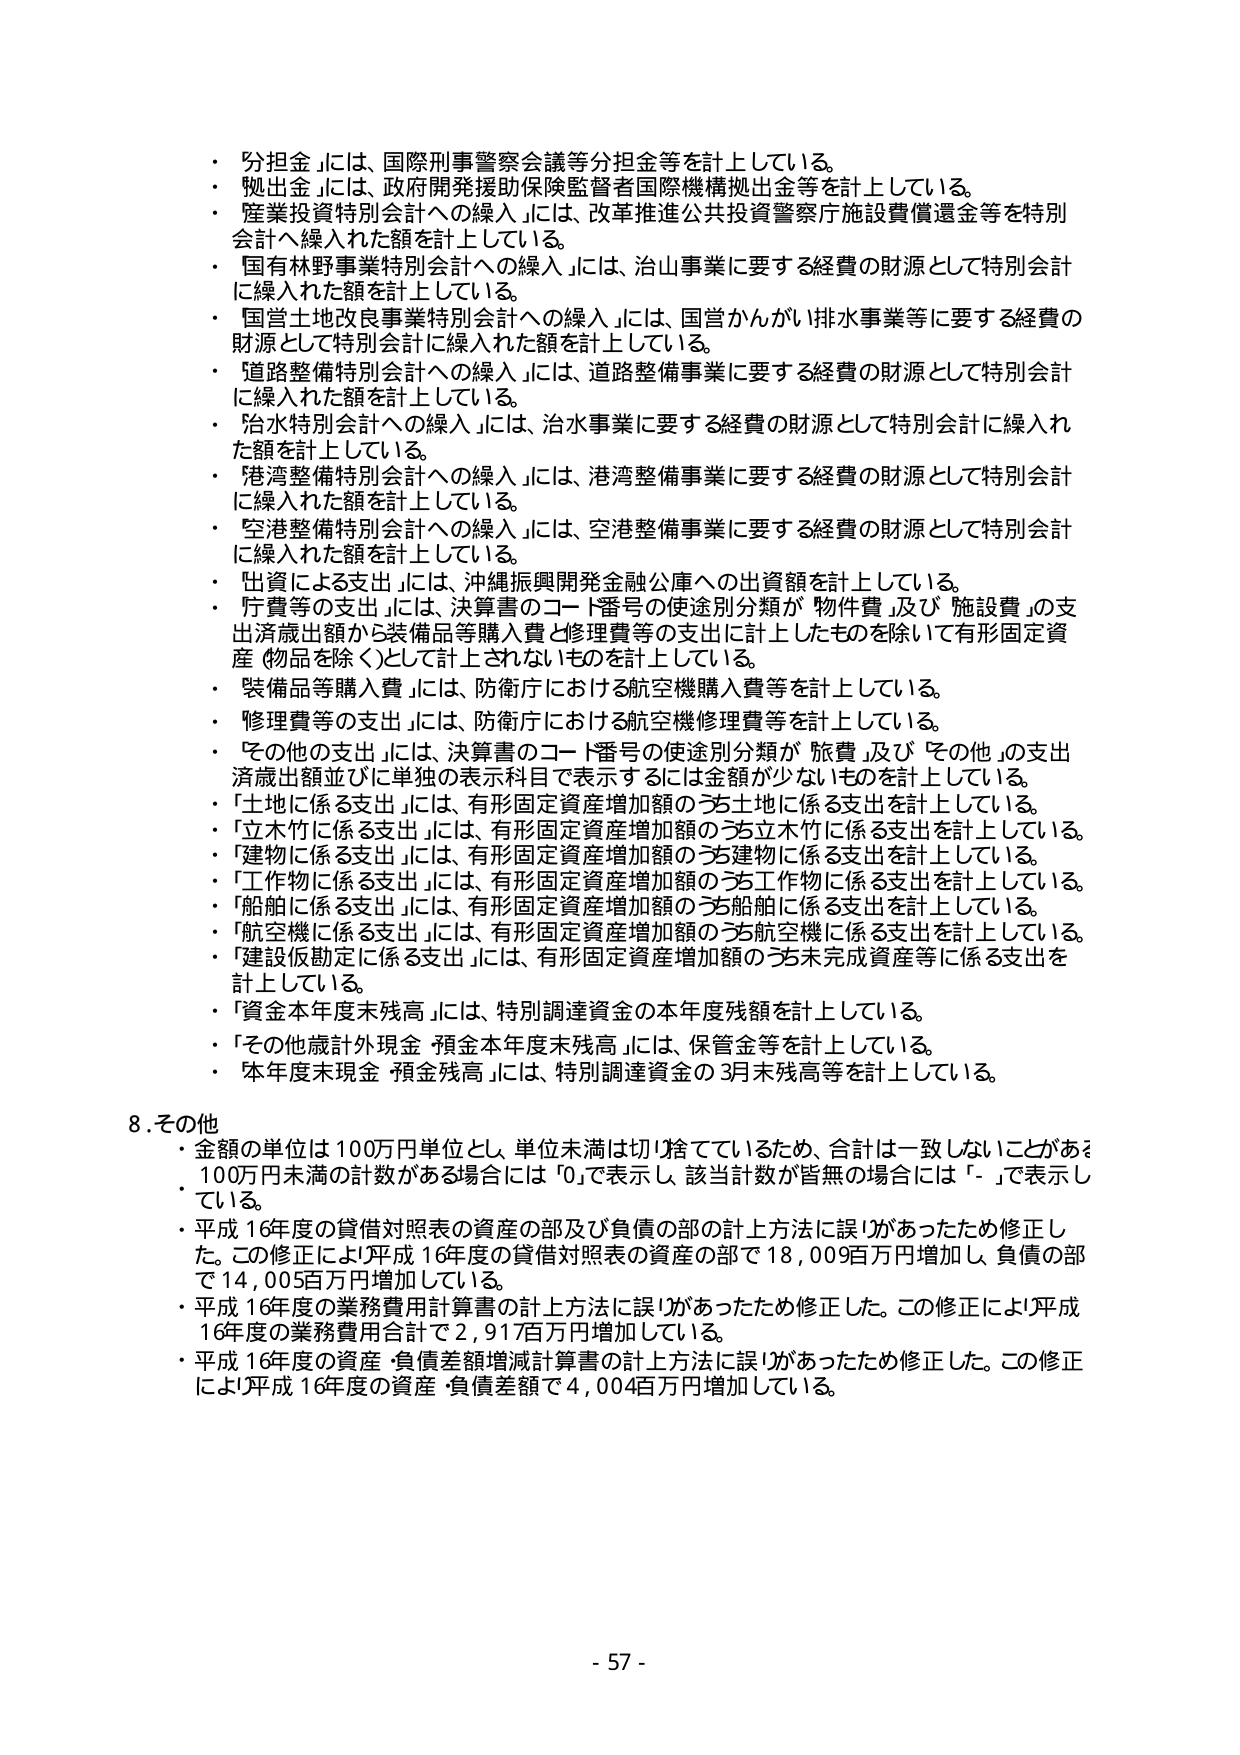
・「分担金」には、国際刑事警察会議等分担金等を計上している。
・「拠出金」には、政府開発援助保険監督者国際機構拠出金等を計上している。
・「産業投資特別会計への繰入」には、改革推進公共投資警察庁施設費償還金等を特別会計へ繰入れた額を計上している。
・「国有林野事業特別会計への繰入」には、治山事業に要する経費の財源として特別会計に繰入れた額を計上している。
・「国営土地改良事業特別会計への繰入」には、国営かんがい排水事業等に要する経費の財源として特別会計に繰入れた額を計上している。
・「道路整備特別会計への繰入」には、道路整備事業に要する経費の財源として特別会計に繰入れた額を計上している。
・「治水特別会計への繰入」には、治水事業に要する経費の財源として特別会計に繰入れた額を計上している。
・「港湾整備特別会計への繰入」には、港湾整備事業に要する経費の財源として特別会計に繰入れた額を計上している。
・「空港整備特別会計への繰入」には、空港整備事業に要する経費の財源として特別会計に繰入れた額を計上している。
・「出資による支出」には、沖縄振興開発金融公庫への出資額を計上している。
・「庁費等の支出」には、決算書のコード番号の使途別分類が「物件費」及び「施設費」の支出済歳出額から装備品等購入費と修理費等の支出に計上したものを除いて有形固定資産（物品を除く）として計上されないものを計上している。
・「装備品等購入費」には、防衛庁における航空機購入費等を計上している。
・「修理費等の支出」には、防衛庁における航空機修理費等を計上している。
・「その他の支出」には、決算書のコード番号の使途別分類が「旅費」及び「その他」の支出済歳出額並びに単独の表示科目で表示するには金額が少ないものを計上している。
・「土地に係る支出」には、有形固定資産増加額のうち土地に係る支出を計上している。
・「立木竹に係る支出」には、有形固定資産増加額のうち立木竹に係る支出を計上している。
・「建物に係る支出」には、有形固定資産増加額のうち建物に係る支出を計上している。
・「工作物に係る支出」には、有形固定資産増加額のうち工作物に係る支出を計上している。
・「船舶に係る支出」には、有形固定資産増加額のうち船舶に係る支出を計上している。
・「航空機に係る支出」には、有形固定資産増加額のうち航空機に係る支出を計上している。
・「建設仮勘定に係る支出」には、有形固定資産増加額のうち未完成資産等に係る支出を計上している。
・「資金本年度末残高」には、特別調達資金の本年度残額を計上している。
・「その他歳計外現金・預金本年度末残高」には、保管金等を計上している。
・「本年度末現金・預金残高」には、特別調達資金の3月末残高等を計上している。

8. その他
・金額の単位は100万円単位とし、単位未満は切捨てているため、合計は一致しないことがある。100万円未満の計数がある場合には「0」で表示し、該当計数が皆無の場合には「-」で表示している。
・平成16年度の貸借対照表の資産の部及び負債の部の計上方法に誤りがあったため修正した。この修正により平成16年度の貸借対照表の資産の部で18,009百万円増加し、負債の部で14,005百万円増加している。
・平成16年度の業務費用計算書の計上方法に誤りがあったため修正した。この修正により平成16年度の業務費用合計で2,917百万円増加している。
・平成16年度の資産・負債差額増減計算書の計上方法に誤りがあったため修正した。この修正により平成16年度の資産・負債差額で4,004百万円増加している。

- 57 -